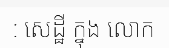
: សេដ្ឋី ក្នុង លោក